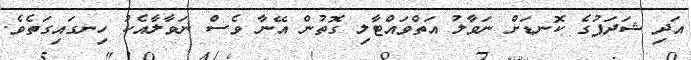
އަދި ޝަދަފުގެ ކޮނޑަށް ނަވާލު އަތްވައްޓާލި ގޮތުން އޭނާ ވެސް ނަވާލާއެކު ހިނގައިގަތެވެ.